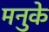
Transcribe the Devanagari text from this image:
मनुके